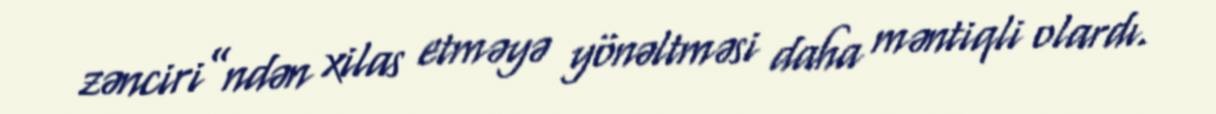
zənciri”ndən xilas etməyə yönəltməsi daha məntiqli olardı.